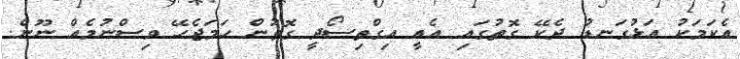
އެކަމަކު އަޅުގަނޑު ދެކޭ ގޮތުގައި އެއީ އިގްތިސޯދީ ގޮތުން ހަމަޖެހޭ ވިސްނުމެއް ނޫން.